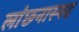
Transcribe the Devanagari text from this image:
लांछनास्‍पद